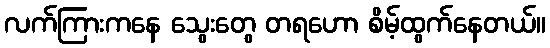
လက်ကြားကနေ သွေးတွေ တရဟော စိမ့်ထွက်နေတယ်။